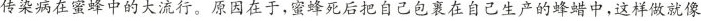
传染病在蜜蜂中的大流行。原因在于，蜜蜂死后把自己包裹在自己生产的蜂蜡中，这样做就像